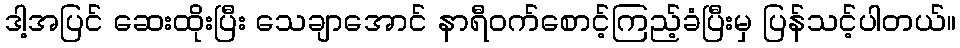
ဒါ့အပြင် ဆေးထိုးပြီး သေချာအောင် နာရီဝက်စောင့်ကြည့်ခံပြီးမှ ပြန်သင့်ပါတယ်။